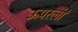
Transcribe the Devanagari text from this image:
ऊपरली